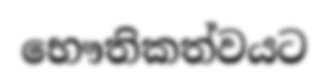
භෞතිකත්වයට